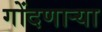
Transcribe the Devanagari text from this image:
गोंदणार्‍या